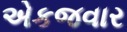
એકજવાર